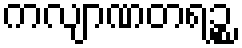
ကလျာဏတရဉ္စ